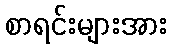
စာရင်းများအား